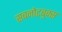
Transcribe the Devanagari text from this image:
सबनोटबुक्स